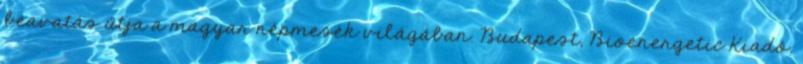
beavatás útja a magyar népmesék világában. Budapest, Bioenergetic Kiadó,